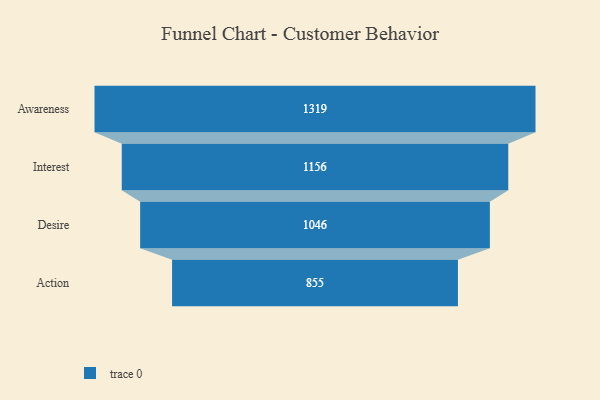
{"axis": {"x": "Stage", "y": "Value"}, "legend": [""], "data": [{"x": "Awareness", "y": 1319.0, "type": ""}, {"x": "Interest", "y": 1156.0, "type": ""}, {"x": "Desire", "y": 1046.0, "type": ""}, {"x": "Action", "y": 855.0, "type": ""}]}